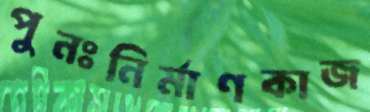
পুনঃনির্মাণকাজ